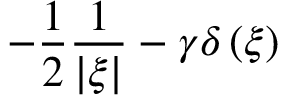
- { \frac { 1 } { 2 } } { \frac { 1 } { \left| \xi \right| } } - \gamma \delta \left( \xi \right)